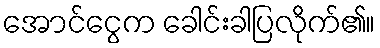
အောင်ငွေက ခေါင်းခါပြလိုက်၏။